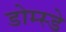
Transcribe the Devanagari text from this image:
डोम्स्डे